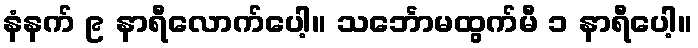
နံနက် ၉ နာရီလောက်ပေါ့။ သင်္ဘောမထွက်မီ ၁ နာရီပေါ့။